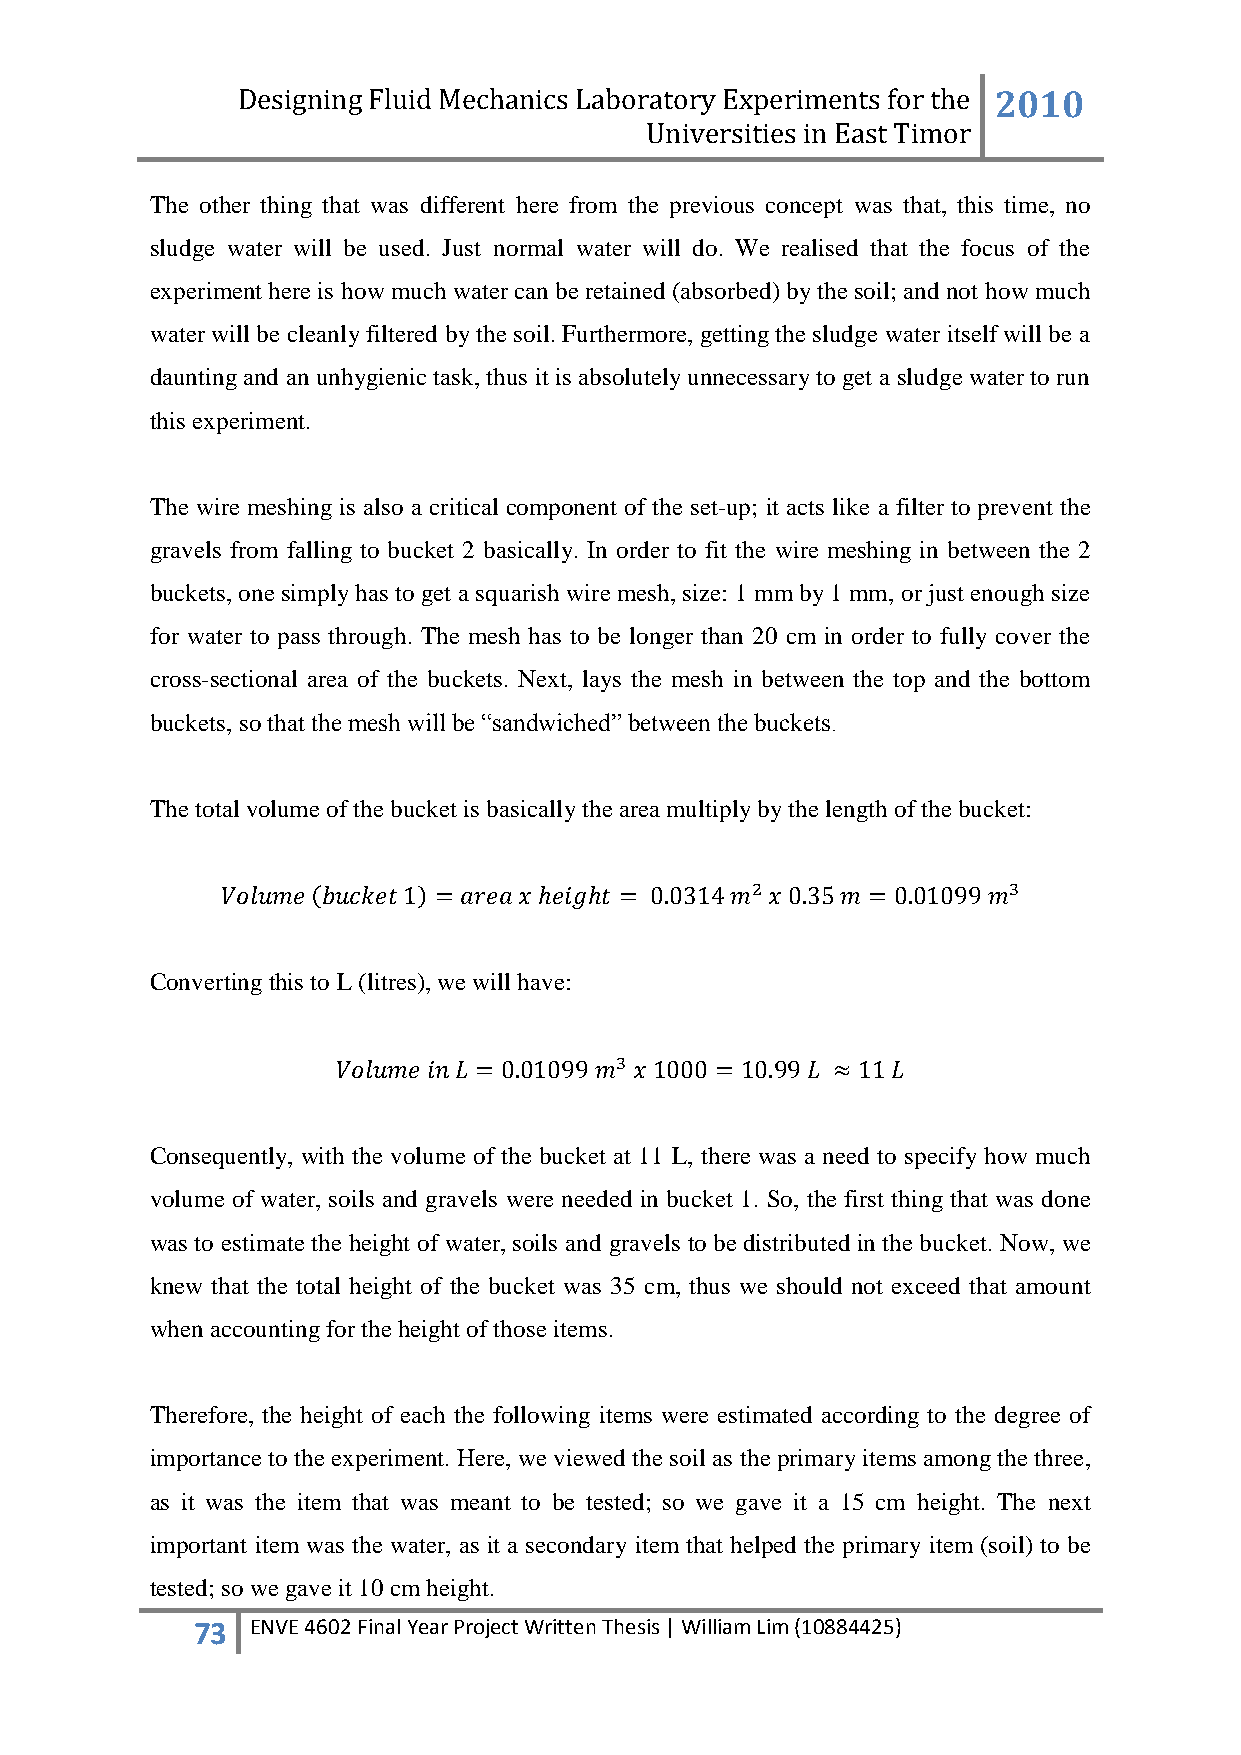
Designing Fluid Mechanics Laboratory Experiments for the 2010
 Universities in East Timor
 The other thing that was different here from the previous concept was that, this time, no
 sludge water will be used. Just normal water will do. We realised that the focus of the
 experiment here is how much water can be retained (absorbed) by the soil; and not how much
 water will be cleanly filtered by the soil. Furthermore, getting the sludge water itself will be a
 daunting and an unhygienic task, thus it is absolutely unnecessary to get a sludge water to run
 this experiment.
 The wire meshing is also a critical component of the set-up; it acts like a filter to prevent the
 gravels from falling to bucket 2 basically. In order to fit the wire meshing in between the 2
 buckets, one simply has to get a squarish wire mesh, size: 1 mm by 1 mm, or just enough size
 for water to pass through. The mesh has to be longer than 20 cm in order to fully cover the
 cross-sectional area of the buckets. Next, lays the mesh in between the top and the bottom
 buckets, so that the mesh will be “sandwiched” between the buckets.
 The total volume of the bucket is basically the area multiply by the length of the bucket:
 Converting this to L (litres), we will have:
 Consequently, with the volume of the bucket at 11 L, there was a need to specify how much
 volume of water, soils and gravels were needed in bucket 1. So, the first thing that was done
 was to estimate the height of water, soils and gravels to be distributed in the bucket. Now, we
 knew that the total height of the bucket was 35 cm, thus we should not exceed that amount
 when accounting for the height of those items.
 Therefore, the height of each the following items were estimated according to the degree of
 importance to the experiment. Here, we viewed the soil as the primary items among the three,
 as it was the item that was meant to be tested; so we gave it a 15 cm height. The next
 important item was the water, as it a secondary item that helped the primary item (soil) to be
 tested; so we gave it 10 cm height.
 73  ENVE 4602 Final Year Project Written Thesis | William Lim (10884425)